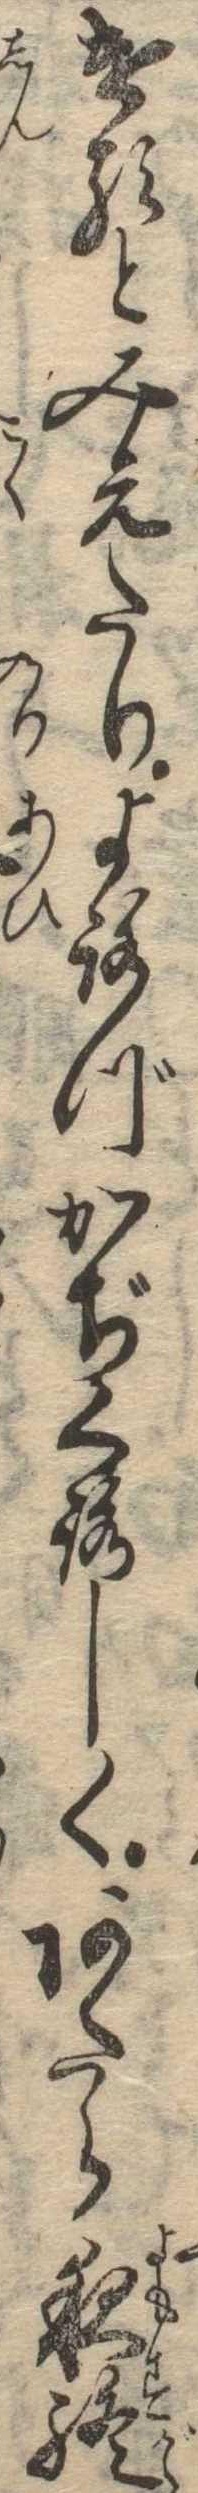
けるとみえたりよろづかぢくろしくあたら夜終